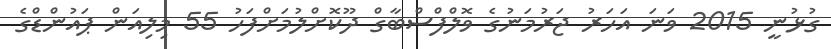
ގުޅުނީ 2015 ވަނަ އަހަރު ޖަރުމަނުގެ ވޮލްފްސްބާގް ދޫކޮށްލުމަށްފަހު 55 މިލިއަން ޕައުންޑްގެ